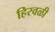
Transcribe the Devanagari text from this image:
हिरवळी